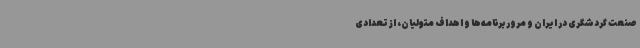
صنعت گردشگری در ایران و مرور برنامه‌ها و اهداف متولیان، از تعدادی